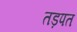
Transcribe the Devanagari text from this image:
तड़पत